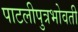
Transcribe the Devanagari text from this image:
पाटलीपुत्रभोवती